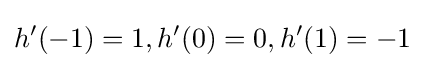
h'(-1)=1,h'(0)=0,h'(1)=-1